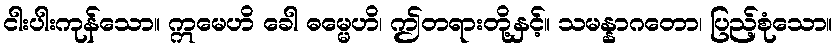
ငါးပါးကုန်သော။ ဣမေဟိ ခေါ ဓမ္မေဟိ၊ ဤတရားတို့နှင့်။ သမန္နာဂတော၊ ပြည့်စုံသော။